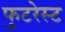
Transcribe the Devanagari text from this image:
फुटरेस्ट